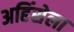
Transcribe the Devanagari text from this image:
अहिंसेला